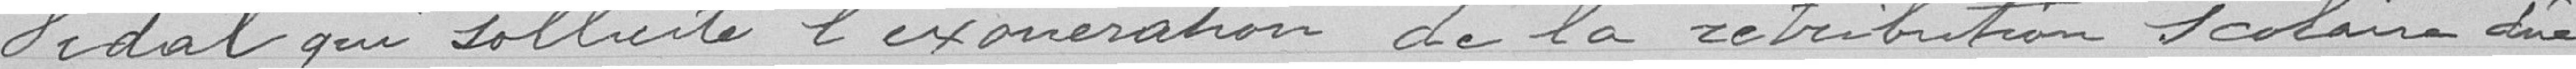
Vidal qui sollicite l'éxonération de la rétribution scolaire due